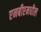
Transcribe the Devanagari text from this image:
एनबीएमधील